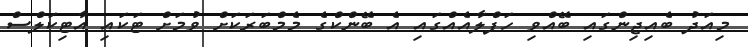
މިއަދު ބެއިޖިންގައި ބޭއްވި ހަފްލާއެއްގައި އެ ބޭންކްގެ މެމްބަރަކަށް ވުމަށް ޓަކައި އާޓިކަލްސް